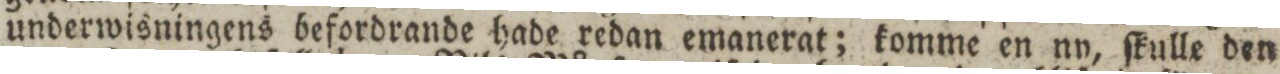
underwisningens befordrande hade redan emanerat; komme en ny, ſkulle den